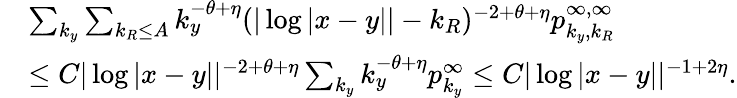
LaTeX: \begin{array}{rl}&{\sum_{k_{y}}\sum_{k_{R}\leq A}k_{y}^{-\theta+\eta}(|\log|x-y||-k_{R})^{-2+\theta+\eta}p_{k_{y},k_{R}}^{\infty,\infty}}\\ &{\leq C|\log|x-y||^{-2+\theta+\eta}\sum_{k_{y}}k_{y}^{-\theta+\eta}p_{k_{y}}^{\infty}\leq C|\log|x-y||^{-1+2\eta}.}\end{array}